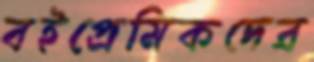
বইপ্রেমিকদের